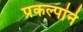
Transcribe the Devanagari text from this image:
प्रकल्पांने